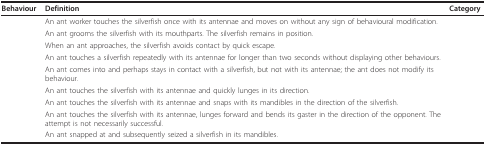
<table><thead><tr><td><b>Behaviour</b></td><td><b>Definition</b></td><td><b>Category</b></td></tr></thead><tbody><tr><td>[EMPTY_CELL]</td><td>An ant worker touches the silverfish once with its antennae and moves on without any sign of behavioural modification.</td><td>[EMPTY_CELL]</td></tr><tr><td>[EMPTY_CELL]</td><td>An ant grooms the silverfish with its mouthparts. The silverfish remains in position.</td><td>[EMPTY_CELL]</td></tr><tr><td>[EMPTY_CELL]</td><td>When an ant approaches, the silverfish avoids contact by quick escape.</td><td>[EMPTY_CELL]</td></tr><tr><td>[EMPTY_CELL]</td><td>An ant touches a silverfish repeatedly with its antennae for longer than two seconds without displaying other behaviours.</td><td>[EMPTY_CELL]</td></tr><tr><td>[EMPTY_CELL]</td><td>An ant comes into and perhaps stays in contact with a silverfish, but not with its antennae; the ant does not modify its behaviour.</td><td>[EMPTY_CELL]</td></tr><tr><td>[EMPTY_CELL]</td><td>An ant touches the silverfish with its antennae and quickly lunges in its direction.</td><td>[EMPTY_CELL]</td></tr><tr><td>[EMPTY_CELL]</td><td>An ant touches the silverfish with its antennae and snaps with its mandibles in the direction of the silverfish.</td><td>[EMPTY_CELL]</td></tr><tr><td>[EMPTY_CELL]</td><td>An ant touches the silverfish with its antennae, lunges forward and bends its gaster in the direction of the opponent. The attempt is not necessarily successful.</td><td>[EMPTY_CELL]</td></tr><tr><td>[EMPTY_CELL]</td><td>An ant snapped at and subsequently seized a silverfish in its mandibles.</td><td>[EMPTY_CELL]</td></tr></tbody></table>